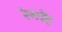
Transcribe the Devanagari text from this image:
रेमोंद